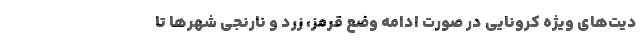
دیت‌های ویژه کرونایی در صورت ادامه وضع قرمز، زرد و نارنجی شهرها تا